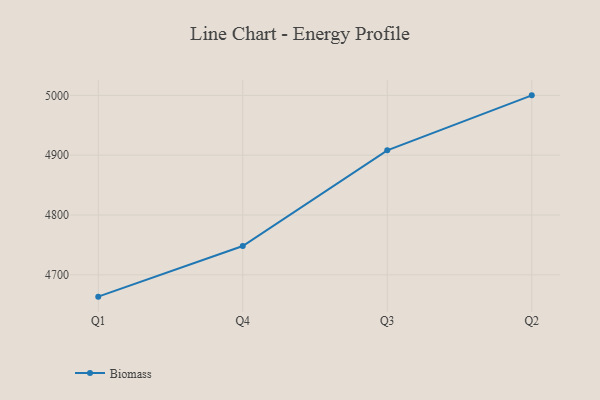
{"axis": {"x": "Quarter", "y": "Net Income (USD K)"}, "legend": ["Biomass"], "data": [{"x": "Q1", "y": 4663.5, "type": "Biomass"}, {"x": "Q4", "y": 4748.2, "type": "Biomass"}, {"x": "Q3", "y": 4908.1, "type": "Biomass"}, {"x": "Q2", "y": 5000, "type": "Biomass"}]}